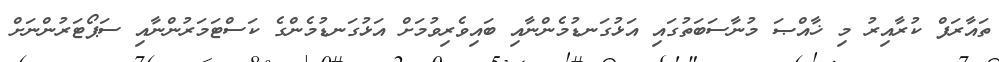
ތައާރަފް ކުރާއިރު މި ޚާއްޞަ މުނާސަބަތުގައި އަޅުގަނޑުމެންނާއި ބައިވެރިވުމަށް އަޅުގަނޑުމެންގެ ކަސްޓަމަރުންނާއި ސަޕޯޓަރުންނަށް